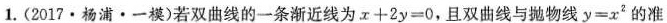
1.(2017·杨浦·一模)若双曲线的一条渐近线为$$x + 2 y = 0$$，且双曲线与抛物线$$y = x ^ { 2 }$$的准